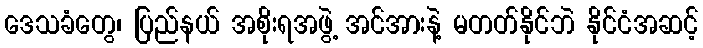
ဒေသခံတွေ၊ ပြည်နယ် အစိုးရအဖွဲ့ အင်အားနဲ့ မတတ်နိုင်ဘဲ နိုင်ငံအဆင့်